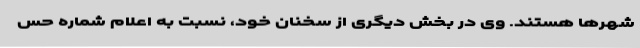
شهرها هستند. وی در بخش دیگری از سخنان خود، نسبت به اعلام شماره حس